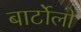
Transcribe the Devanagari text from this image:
बार्टोलो